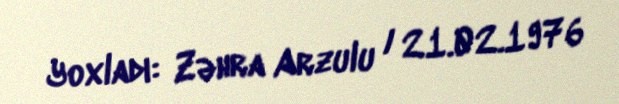
Yoxladı: Zəhra Arzulu / 21.02.1976